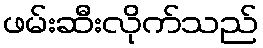
ဖမ်းဆီးလိုက်သည်